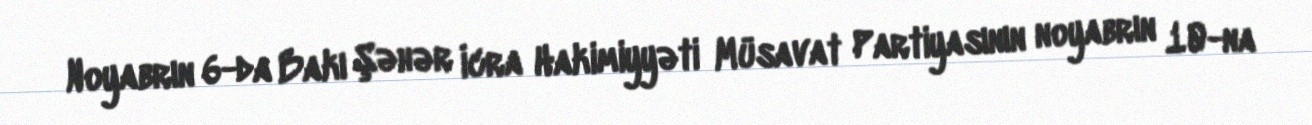
Noyabrın 6-da Bakı Şəhər İcra Hakimiyyəti Müsavat Partiyasının noyabrın 10-na